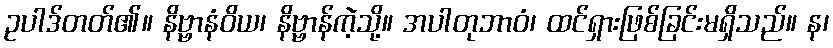
ဥပါဒ်တတ်၏။ နိဗ္ဗာနံဝိယ၊ နိဗ္ဗာန်ကဲ့သို့။ အပါတုဘာဝံ၊ ထင်ရှားဖြစ်ခြင်းမရှိသည်။ န၊